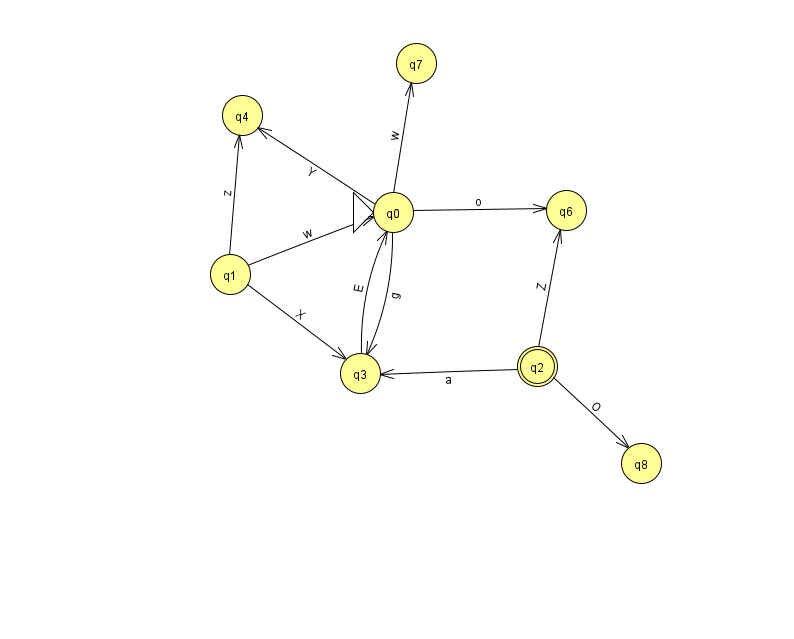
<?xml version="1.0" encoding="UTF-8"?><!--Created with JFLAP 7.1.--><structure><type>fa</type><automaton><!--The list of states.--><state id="0" name="q0"><x>393.0</x><y>199.0</y><initial/></state><state id="1" name="q1"><x>230.0</x><y>261.0</y></state><state id="2" name="q2"><x>537.0</x><y>353.0</y><final/></state><state id="3" name="q3"><x>360.0</x><y>360.0</y></state><state id="4" name="q4"><x>242.0</x><y>102.0</y></state><state id="6" name="q6"><x>566.0</x><y>197.0</y></state><state id="7" name="q7"><x>416.0</x><y>50.0</y></state><state id="8" name="q8"><x>641.0</x><y>450.0</y></state><!--The list of transitions.--><transition><from>1</from><to>4</to><read>z</read></transition><transition><from>2</from><to>8</to><read>O</read></transition><transition><from>0</from><to>7</to><read>w</read></transition><transition><from>2</from><to>6</to><read>Z</read></transition><transition><from>0</from><to>3</to><read>g</read></transition><transition><from>3</from><to>0</to><read>E</read></transition><transition><from>1</from><to>3</to><read>X</read></transition><transition><from>2</from><to>3</to><read>a</read></transition><transition><from>1</from><to>0</to><read>w</read></transition><transition><from>0</from><to>6</to><read>o</read></transition><transition><from>0</from><to>4</to><read>Y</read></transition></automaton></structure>